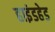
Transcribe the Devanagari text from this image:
हाइंडहेड